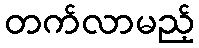
တက်လာမည့်